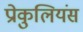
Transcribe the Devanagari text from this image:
प्रोकुलियंस